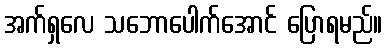
အက်ရှလေ သဘောပေါက်အောင် ပြောရမည်။